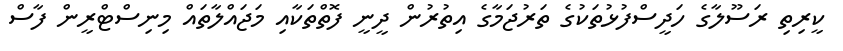
ކީރިތި ރަސޫލާގެ ހަދީސްފުޅުތަކުގެ ތަރުޖަމާގެ އިތުރުން ދީނީ ފޮތްތަކާއި މަޖައްލާތައް މިނިސްޓްރީން ފާސް